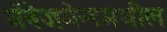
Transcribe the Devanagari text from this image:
मॅनेजमेन्टमधील